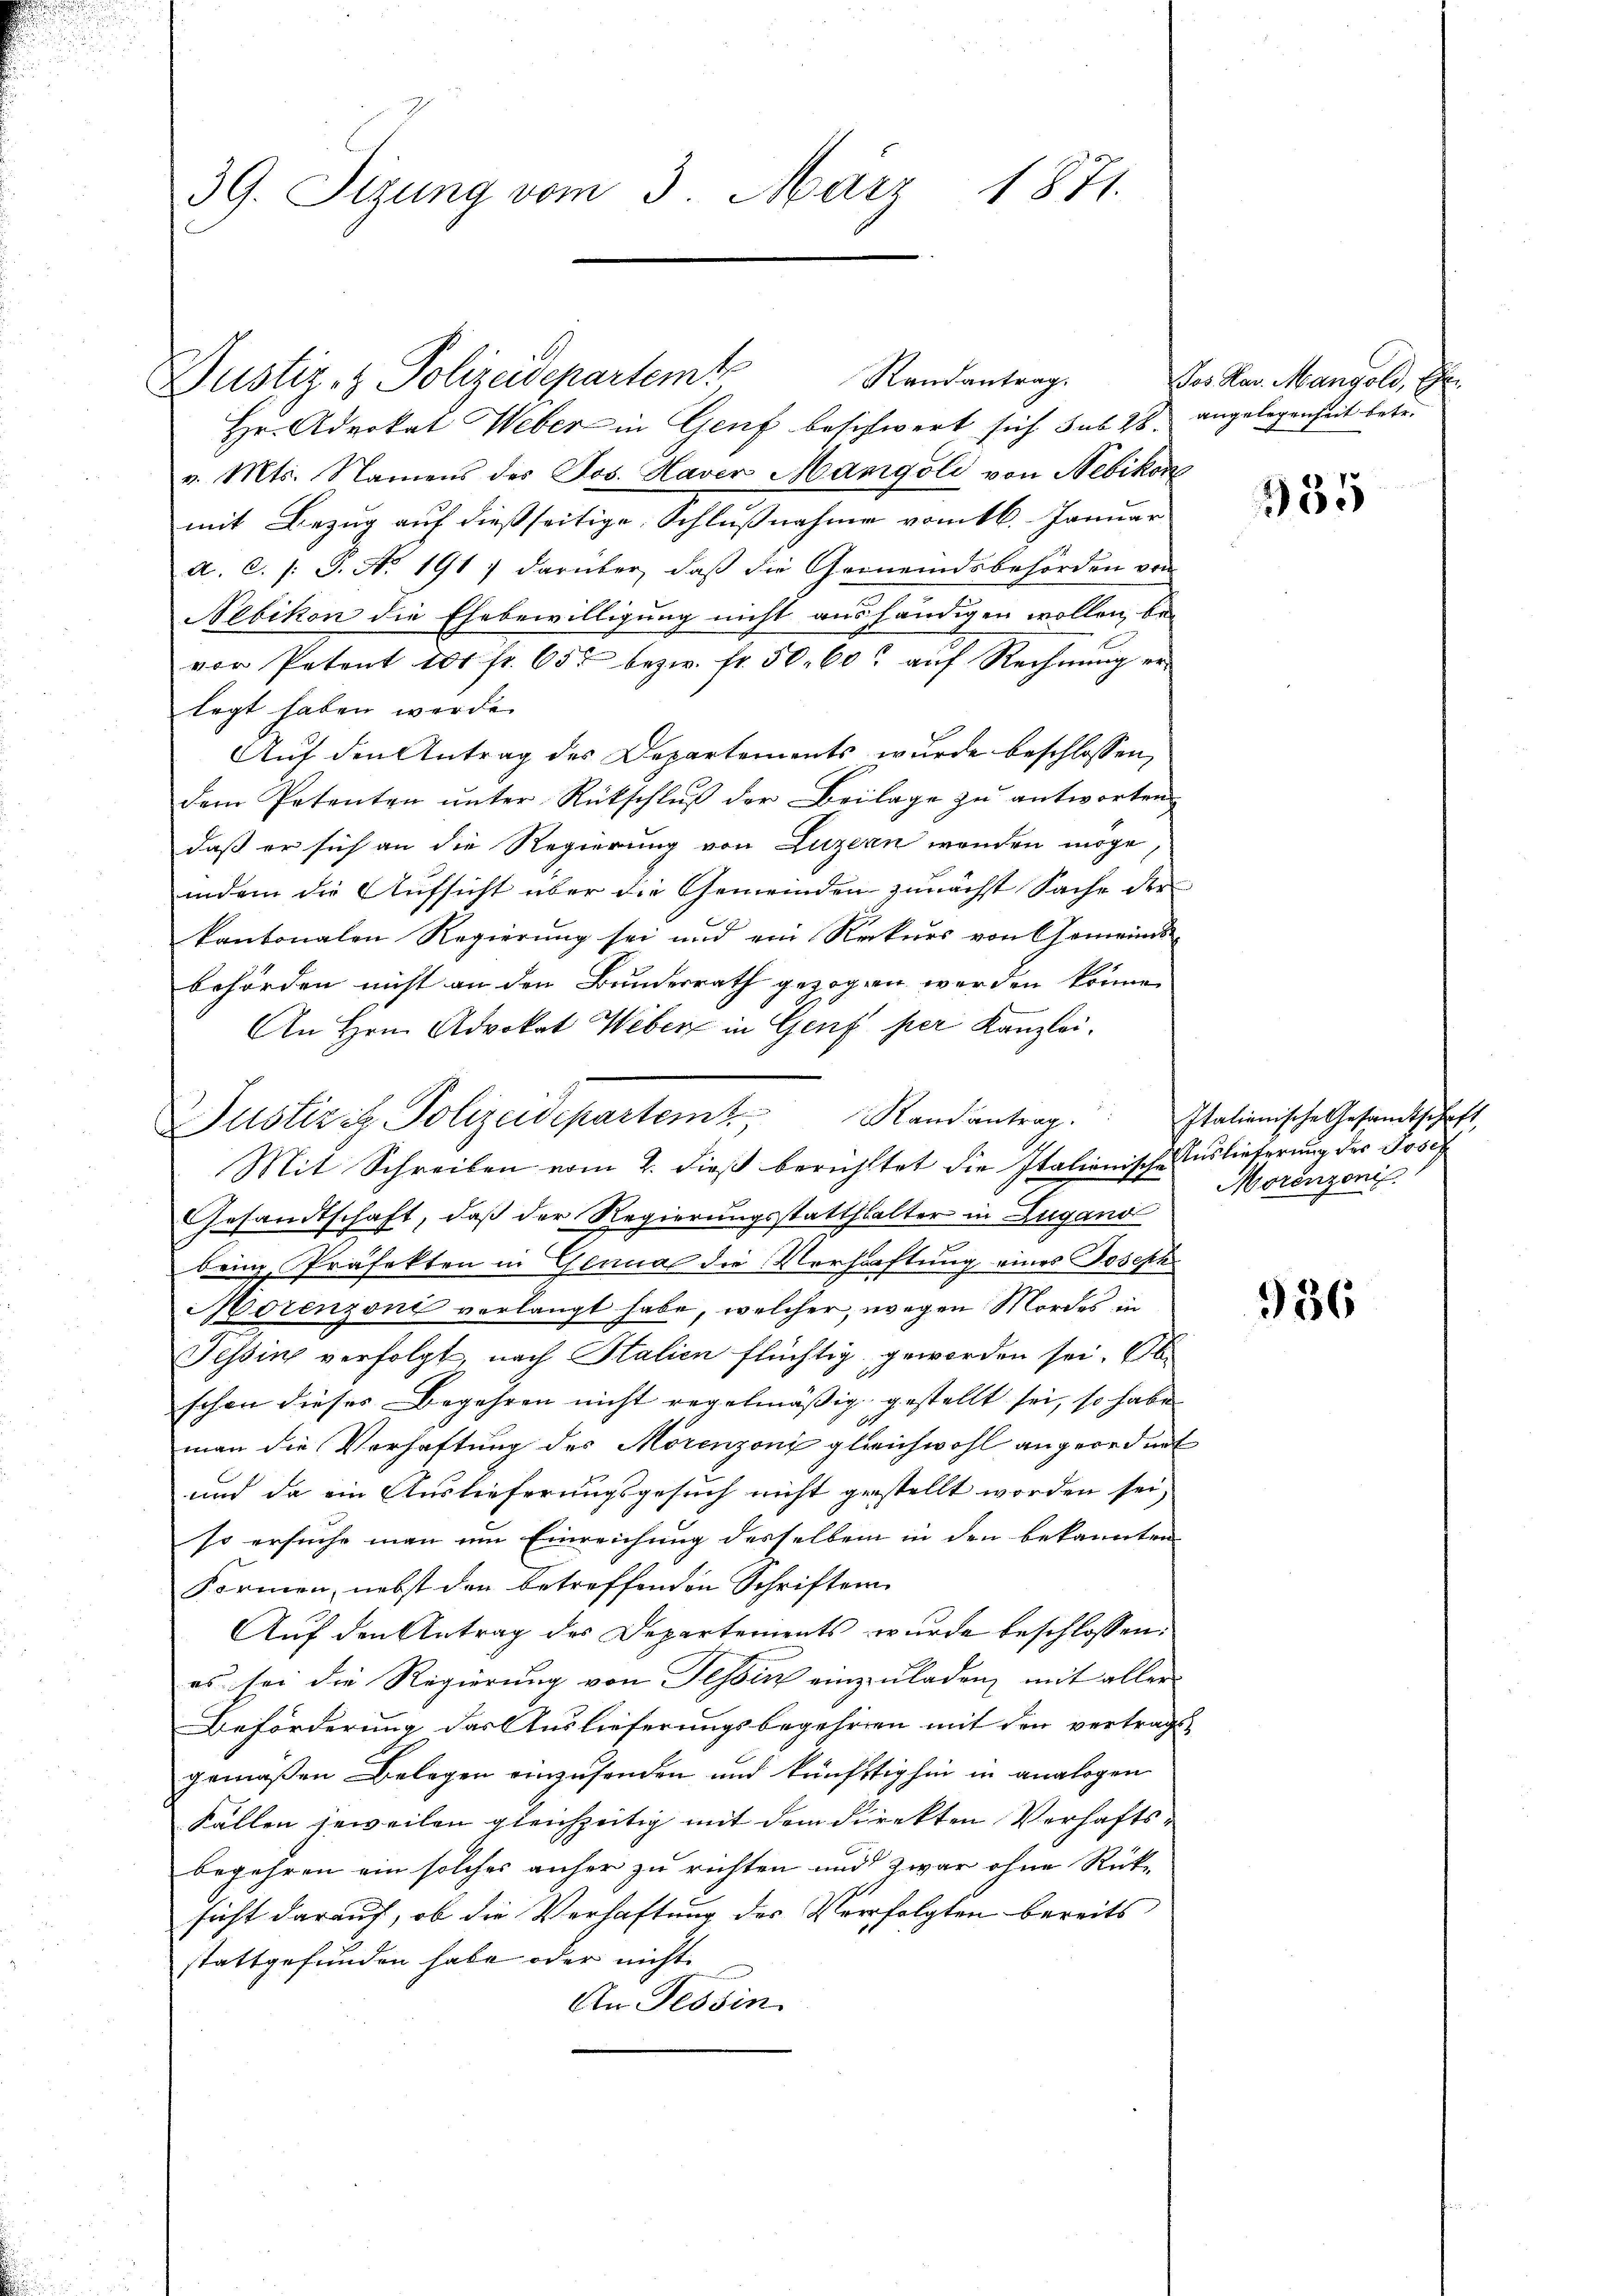
39. Sizung vom 3. März 1871.

Justiz- & Polizeidepartemt Randantrag
Hr. Advokat Weber in Genf beschwert sich sub 28. angelegenheit betr.
v. Mts. Namens des Jos. Haver Mangoli von Nebikon
mit Bezug auf dießseitige Schlußnahme vom 16. Januar
a. C. /: 3. No. 1917 darüber, daß die Gemeindsbehörden von
Nebikon die Ehebewilligung nicht aushändigen wollen, be-
vor Petent 100 fr. 655 bezw. fr. 50. 60 auf Rechnung erlegt haben werde.
Auf den Antrag des Departements wurde beschlossen,
dem Petenten ŭnter Rückschlŭβ der Beilage zŭ antworten
daß er sich an die Regierung von Luzern werden möge
indem die Aufsicht über die Gemeinden zunächst Sache der
kantonalen Regierung sei und ein Rekurs von Gemeindsbehörden nicht an den Bundesrath gezogen werden könne.
An Hrn. Advokat Weber in Genf per Kanzlei.
Mit Schreiben vom 2. dieß berichtet die Italienische Auslieferung der Josef
Gesandtschaft, daß der Regierungsstatthalter in Lugano
bring Präfekten in Genual die Verhaftung eines Joseph
Morenzoni verlangt habe, welcher, wegen Mordes in
Tessin verfolgt, nach Italien flüchtig geworden sei. Eb
schon dieses Begehren nicht regelmäßig gestellt sei, so habe
man die Verhaftung des Morenzoni gleichwohl angeordnet
und da ein Auslieferungsgesuch nicht gestellt worden sei,
so ersuche man um Einreichung desselben in den bekannten
Formen, nebst den betreffenden Schriften
Auf den Antrag des Departements wurde beschlossen:
es sei die Regierung von Tessin einzuladen, mit aller
Beförderung des Auslieferungsbegehren mit den vertrag
gemäßen Belegen einzusenden und künftighin in analogen
Fällen jeweilen gleichzeitig mit dem direkten Verhaftsbegehren ein solches anher zu richten und zwar ohne Rück-
sicht darauf, ob die Verhaftung der Verfolgten bereits
stattgefunden habe oder nicht
An Tessin

Justizit Polizeidepartem Randantrag. Italienische Gesandtschaft

das Har. Mangold, E

335

Morenzoni

936